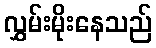
လွှမ်းမိုးနေသည်